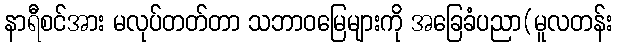
နာရီစင်အား မလုပ်တတ်တာ သဘာဝမြေများကို အခြေခံပညာ(မူလတန်း